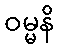
ဝမ္မနိ